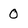
Character: 0